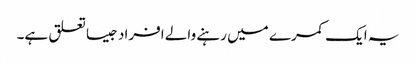
یہ ایک کمرے میں رہنے والے افراد جیسا تعلق ہے۔